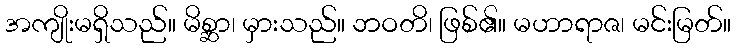
အကျိုးမရှိသည်။ မိစ္ဆာ၊ မှားသည်။ ဘဝတိ၊ ဖြစ်၏။ မဟာရာဇ၊ မင်းမြတ်။